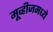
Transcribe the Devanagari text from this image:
मूव्हीजमध्ये